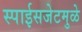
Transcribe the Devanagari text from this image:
स्पाईसजेटमुळे